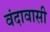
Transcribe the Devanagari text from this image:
वंदावासी